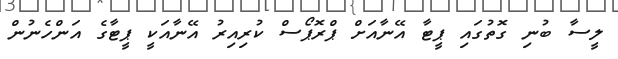
ލީސާ ބުނި ގޮތުގައި ޕީޓާ އޭނާއަށް ޕްރޮޕޯސް ކުރިއިރު އޭނާއަކީ ޕީޓާގެ އަންހެނުން